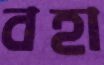
বহা